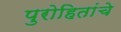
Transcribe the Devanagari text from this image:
पुरोहितांचे